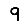
Digit: 9